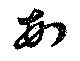
頓